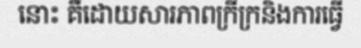
នោះ គឺដោយសារភាពក្រីក្រនិងការធ្វើ